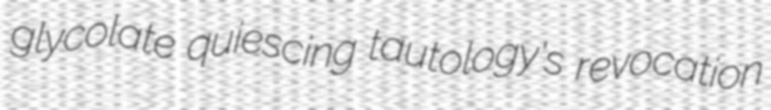
glycolate quiescing tautology's revocation